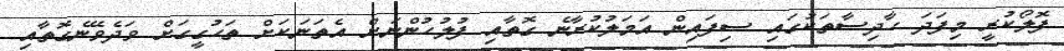
ފޮލޯކުރީ މިފަދަ ހާދިސާތަކުގައި ސިފައިން އަމަލުކުރާނެ ގޮތާއި ފުލުހުންނަށް އެތަނަކަށް ތަހުގީގަށް ވަދެވޭނެގޮތާއި